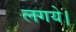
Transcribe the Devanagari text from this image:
लगये।